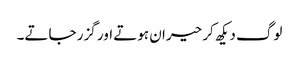
لوگ دیکھ کر حیران ہوتے اور گزر جاتے۔